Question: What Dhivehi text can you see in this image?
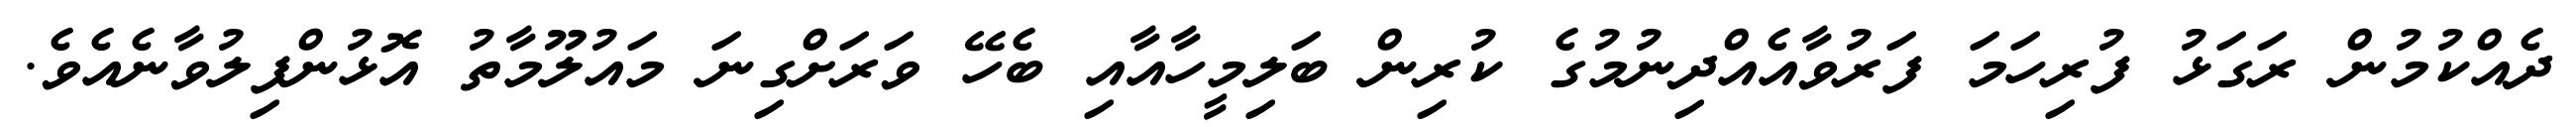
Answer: ދެއްކުމުން ރަގަޅު ފުރިހަމަ ފަރުވާއެއްދިނުމުގެ ކުރިން ބަލިމީހާއާއި ބެހޭ ވަރަށްގިނަ މައުލޫމާތު އޮޅުންފިލުވާނެއެވެ.